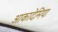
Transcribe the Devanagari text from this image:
आकादेमिया